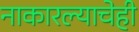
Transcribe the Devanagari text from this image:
नाकारल्याचेही